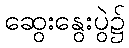
ဆွေးနွေးပွဲ၌